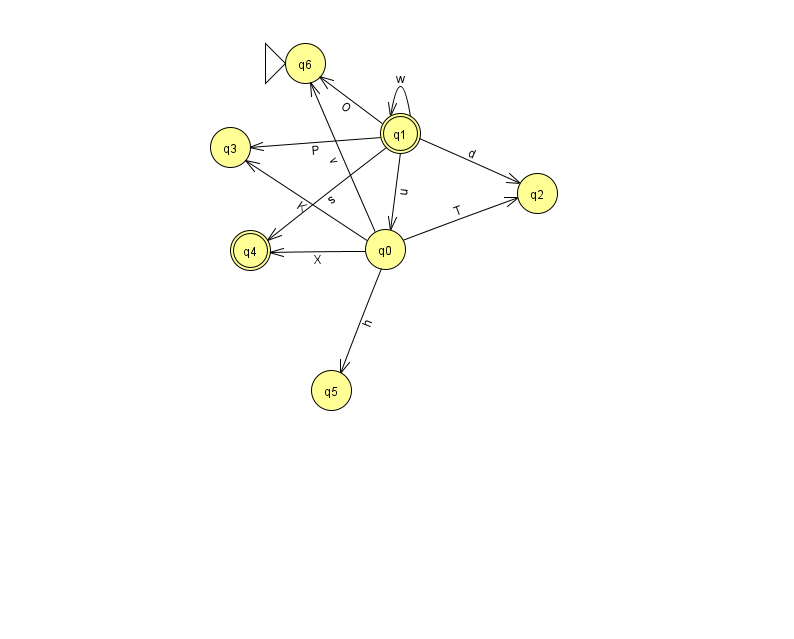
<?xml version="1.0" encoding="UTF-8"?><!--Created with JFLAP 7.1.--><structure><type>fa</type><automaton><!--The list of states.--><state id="0" name="q0"><x>385.0</x><y>236.0</y></state><state id="1" name="q1"><x>400.0</x><y>120.0</y><final/></state><state id="2" name="q2"><x>537.0</x><y>180.0</y></state><state id="3" name="q3"><x>230.0</x><y>134.0</y></state><state id="4" name="q4"><x>250.0</x><y>237.0</y><final/></state><state id="5" name="q5"><x>331.0</x><y>377.0</y></state><state id="6" name="q6"><x>305.0</x><y>50.0</y><initial/></state><!--The list of transitions.--><transition><from>0</from><to>5</to><read>h</read></transition><transition><from>1</from><to>2</to><read>d</read></transition><transition><from>0</from><to>3</to><read>K</read></transition><transition><from>1</from><to>1</to><read>w</read></transition><transition><from>1</from><to>3</to><read>P</read></transition><transition><from>0</from><to>2</to><read>T</read></transition><transition><from>0</from><to>6</to><read>v</read></transition><transition><from>1</from><to>4</to><read>s</read></transition><transition><from>1</from><to>0</to><read>u</read></transition><transition><from>1</from><to>6</to><read>O</read></transition><transition><from>0</from><to>4</to><read>X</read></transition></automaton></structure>